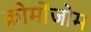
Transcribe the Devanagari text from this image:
क्रोमोंजोम